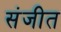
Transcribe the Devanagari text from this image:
संजीत